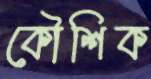
কৌশিক